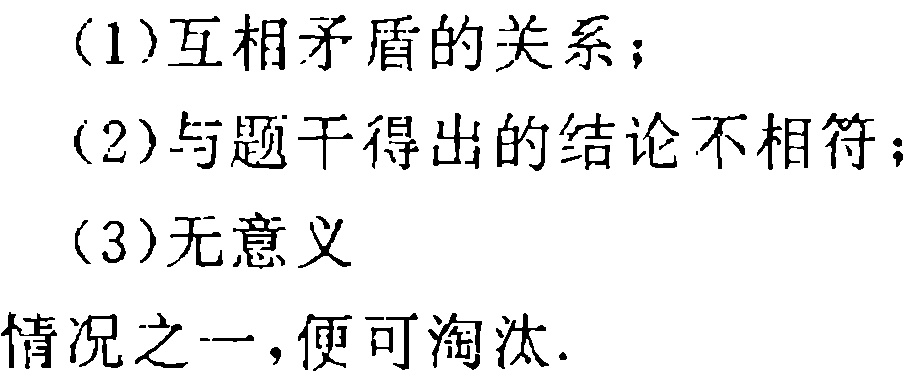
(1)互相矛盾的关系；
(2)与题干得出的结论不相符；
(3)无意义
情况之一，便可淘汰.